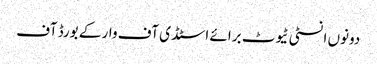
دونوں انسٹی ٹیوٹ برائے اسٹڈی آف وار کے بورڈ آف